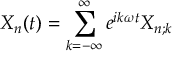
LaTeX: X _ { n } ( t ) = \sum _ { k = - \infty } ^ { \infty } e ^ { i k \omega t } X _ { n ; k }